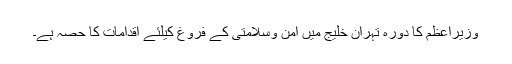
وزیراعظم کا دورہ تہران خلیج میں امن وسلامتی کے فروغ کیلئے اقدامات کا حصہ ہے۔